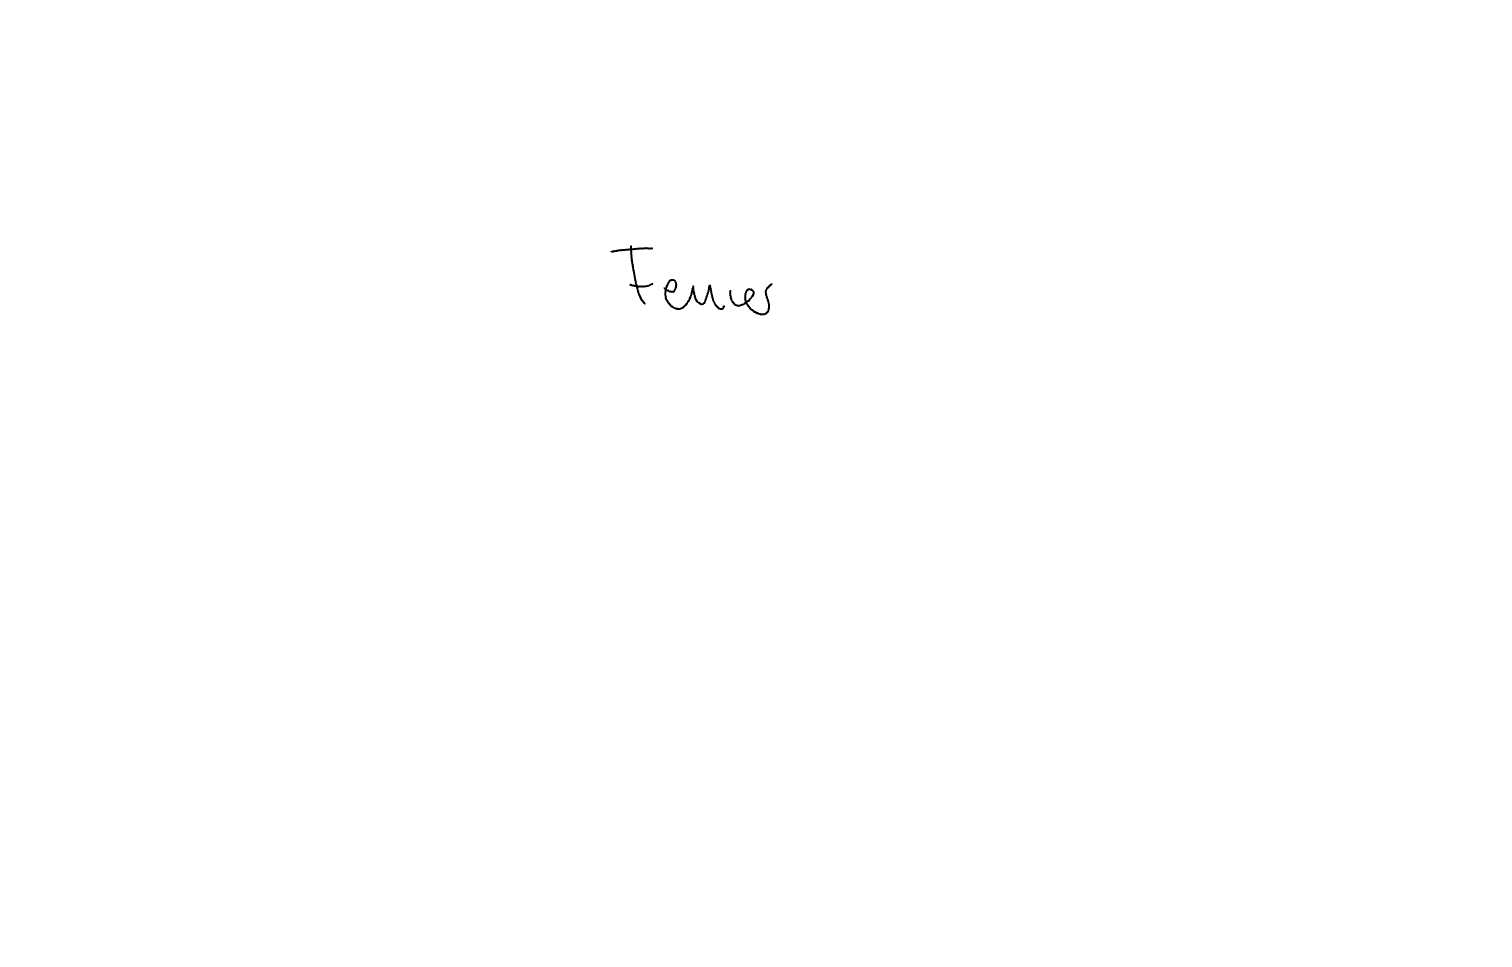
Text: Feuer